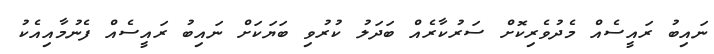
ނައިބު ރައީސެއް މެދުވެރިކޮށް ސަރުކާރެއް ބަދަލު ކުރުވި ބަޔަކަށް ނައިބު ރައީސެއް ފެނުމާއިއެކު